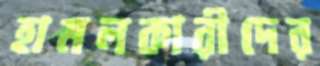
হামলকারীদের